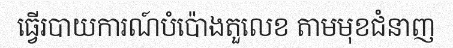
ធ្វើរបាយការណ៍បំប៉ោងតួលេខ តាមមុខជំនាញ